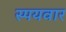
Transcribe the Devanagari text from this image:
स्पयवार